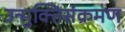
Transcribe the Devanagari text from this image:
उन्मुक्तिसंक्रमण